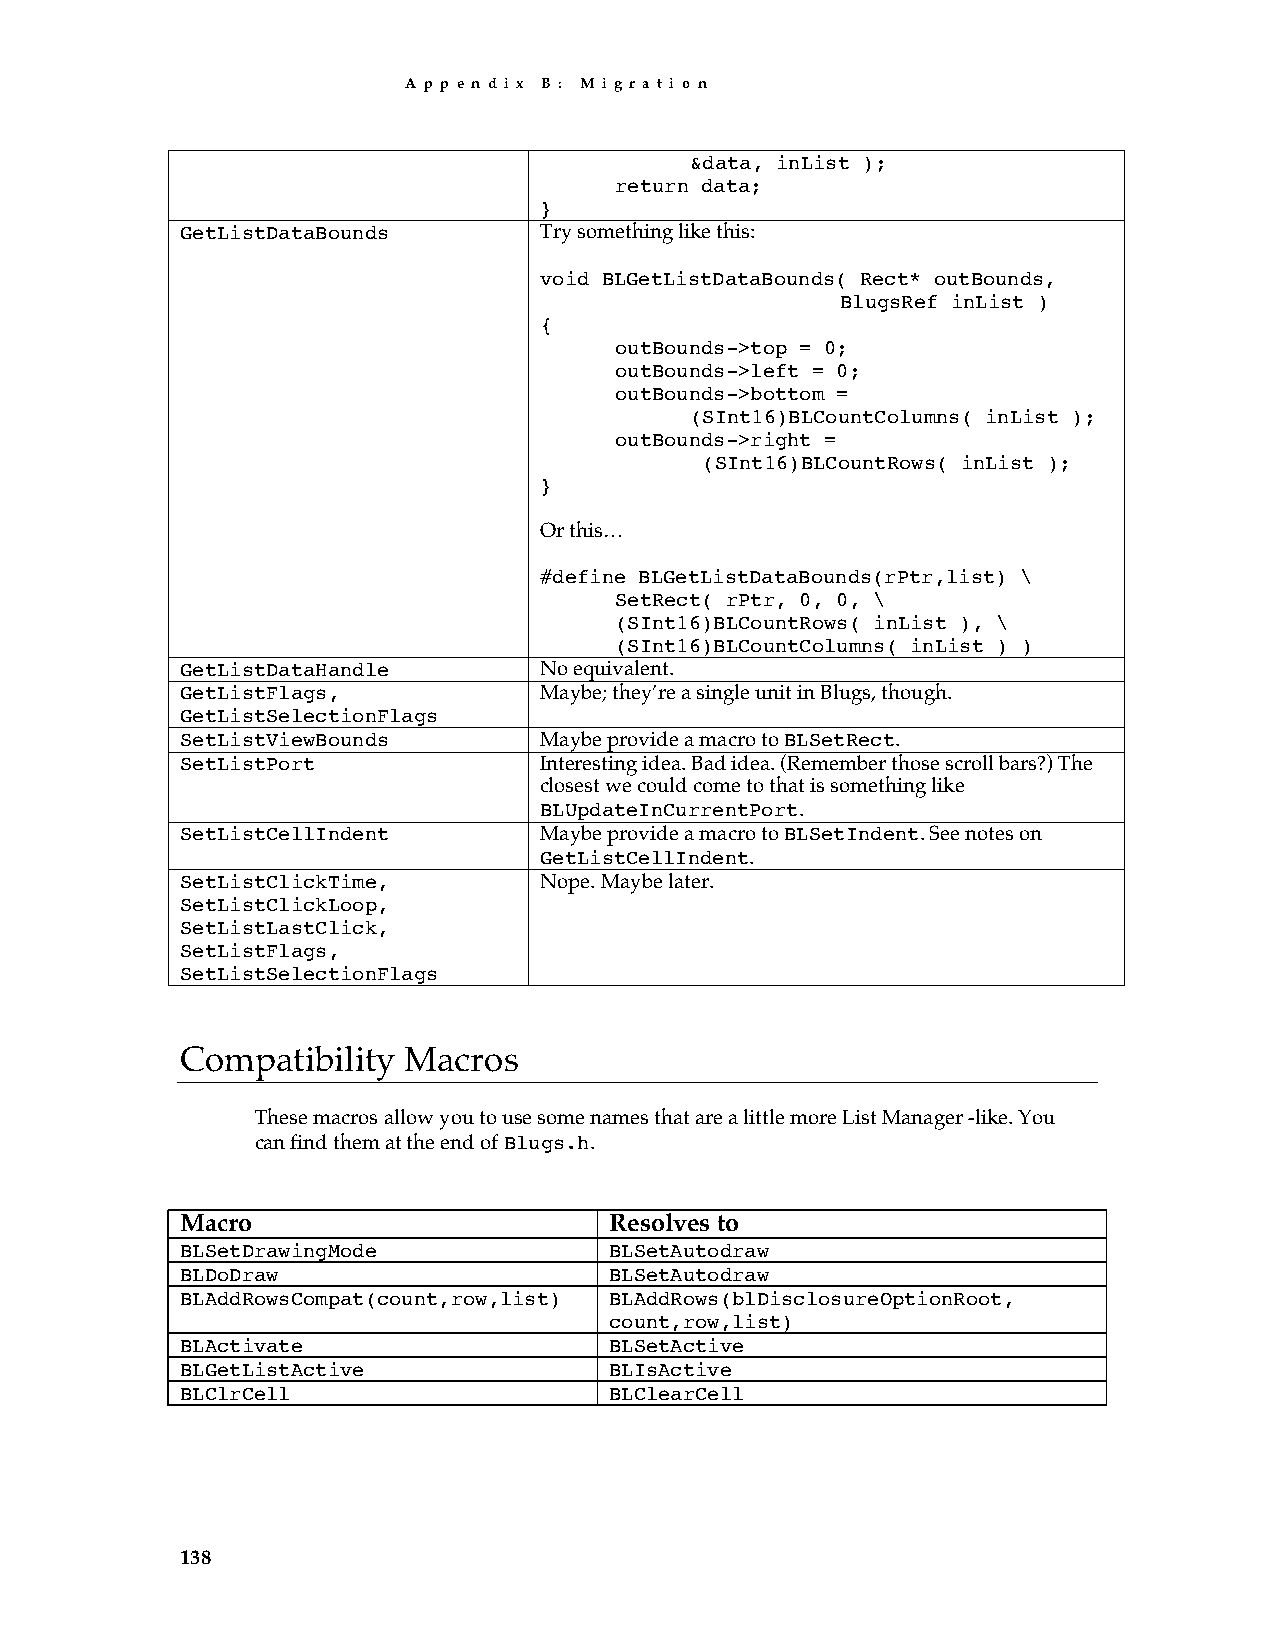
A p p e n d i x B : M i g r a t i o n
 &data, inList );
 return data;
 }
 GetListDataBounds       Try something like this:
 void BLGetListDataBounds( Rect* outBounds,
 BlugsRef inList )
 {
 outBounds->top = 0;
 outBounds->left = 0;
 outBounds->bottom =
 (SInt16)BLCountColumns( inList );
 outBounds->right =
 (SInt16)BLCountRows( inList );
 }
 Or this…
 #define BLGetListDataBounds(rPtr,list) \
 SetRect( rPtr, 0, 0, \
 (SInt16)BLCountRows( inList ), \
 (SInt16)BLCountColumns( inList ) )
 GetListDataHandle       No equivalent.
 GetListFlags,           Maybe; they’re a single unit in Blugs, though.
 GetListSelectionFlags
 SetListViewBounds       Maybe provide a macro to BLSetRect.
 SetListPort             Interesting idea. Bad idea. (Remember those scroll bars?) The
 closest we could come to that is something like
 BLUpdateInCurrentPort.
 SetListCellIndent       Maybe provide a macro to BLSetIndent. See notes on
 GetListCellIndent.
 SetListClickTime,       Nope. Maybe later.
 SetListClickLoop,
 SetListLastClick,
 SetListFlags,
 SetListSelectionFlags
 Compatibility  Macros
 These macros allow you to use some names that are a little more List Manager -like. You
 can find them at the end of Blugs.h.
 Macro                       Resolves to
 BLSetDrawingMode            BLSetAutodraw
 BLDoDraw                    BLSetAutodraw
 BLAddRowsCompat(count,row,list) BLAddRows(blDisclosureOptionRoot,
 count,row,list)
 BLActivate                  BLSetActive
 BLGetListActive             BLIsActive
 BLClrCell                   BLClearCell
 138